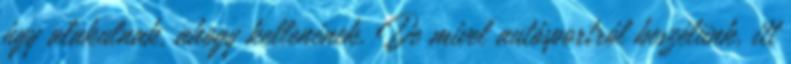
úgy alakulnak, ahogy kellenének. De mivel autósportról beszélünk, itt